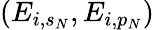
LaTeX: (E_{i,s_{N}},E_{i,p_{N}})